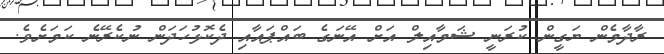
ރާދާމެން ޔަގީން ކުރަނީ ޝަމާއިލް އަށް އޭނަގެ ބައްޕައާއި ދެކޮޅުހަދަން ނުކެރޭނެ ކަމަށެވެ.